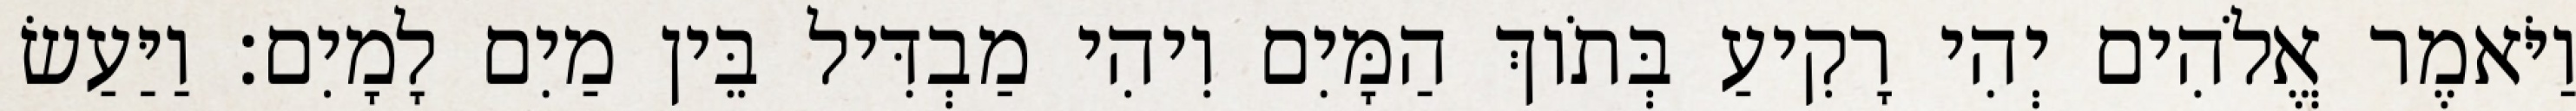
וַיֹּאמֶר אֱלֹהִים יְהִי רָקִיעַ בְּתֹוךְ הַמָּיִם וִיהִי מַבְדִּיל בֵּין מַיִם לָמָיִם׃ וַיַּעַשׂ